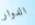
الدوار